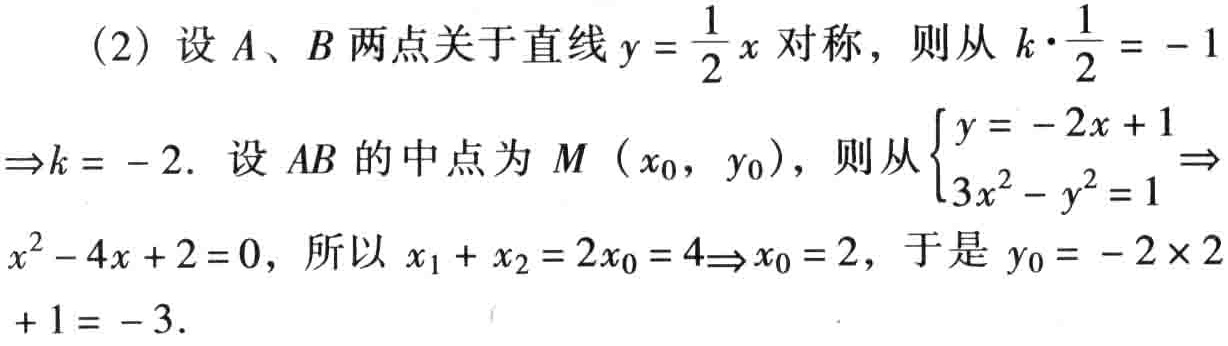
(2) 设 \(A\)、\(B\) 两点关于直线 \(y = \frac{1}{2}x\) 对称，则从 \(k\cdot\frac{1}{2} = - 1\Rightarrow k = - 2\). 设 \(AB\) 的中点为 \(M\ (x_{0},\ y_{0})\)，则从 \(\begin{cases}y = - 2x + 1\\3x^{2}-y^{2}=1\end{cases}\Rightarrow x^{2}-4x + 2 = 0\)，所以 \(x_{1}+x_{2}=2x_{0}=4\Rightarrow x_{0}=2\)，于是 \(y_{0}=-2\times2 + 1=-3\).